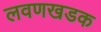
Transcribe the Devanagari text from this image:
लवणखडक